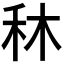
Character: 𥝰